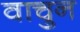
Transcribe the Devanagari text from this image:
वाचुन